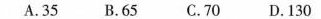
A.35 B.65 C.70 D.130